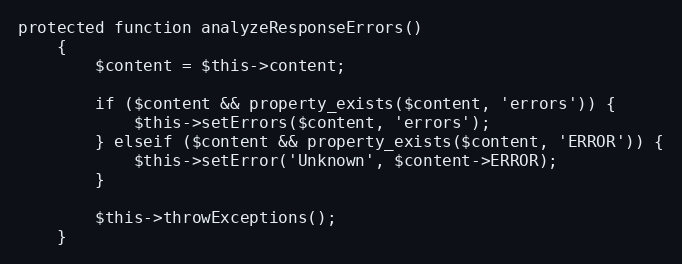
Language: PHP
protected function analyzeResponseErrors()
    {
        $content = $this->content;

        if ($content && property_exists($content, 'errors')) {
            $this->setErrors($content, 'errors');
        } elseif ($content && property_exists($content, 'ERROR')) {
            $this->setError('Unknown', $content->ERROR);
        }

        $this->throwExceptions();
    }